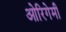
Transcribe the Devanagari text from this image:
ओरिगेमी